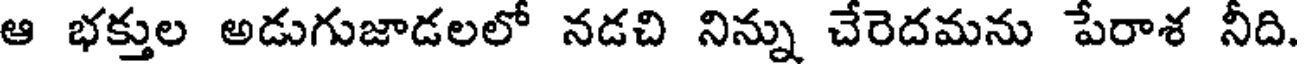
ఆ భక్తుల అడుగుజాడలలో నడచి నిన్ను చేరెదమను పేరాశ నీది